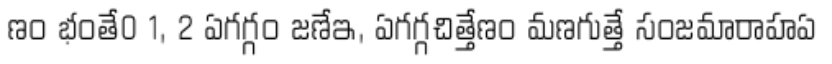
ణం భంతే0 1, 2 ఏగగ్గం జణేఇ, ఏగగ్గచిత్తేణం మణగుత్తే సంజమారాహఏ